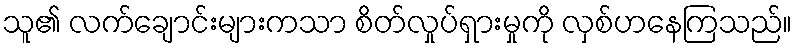
သူ၏ လက်ချောင်းများကသာ စိတ်လှုပ်ရှားမှုကို လှစ်ဟနေကြသည်။